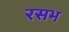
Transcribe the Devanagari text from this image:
रसभ